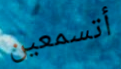
أتسمعين